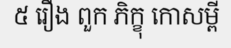
៥ រឿង ពួក ភិក្ខុ កោសម្ពី